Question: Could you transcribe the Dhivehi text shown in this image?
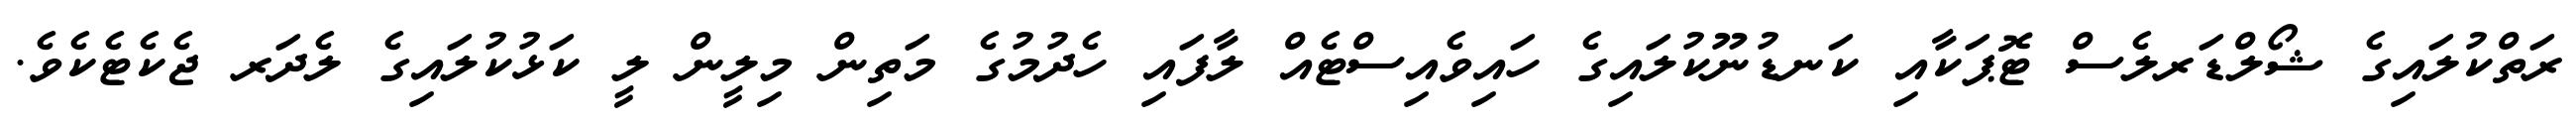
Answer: ރަތްކުލައިގެ ޝޯލްޑަރލެސް ޓޮޕަކާއި ކަނޑުނޫކުލައިގެ ހައިވެއިސްޓެއް ލާފައި ހެދުމުގެ މަތިން މިލީން ލީ ކަޅުކުލައިގެ ލެދަރ ޖެކެޓެކެވެ.